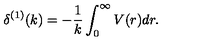
\delta ^ { ( 1 ) } ( k ) = - \frac { 1 } { k } \int _ { 0 } ^ { \infty } V ( r ) d r .